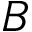
B